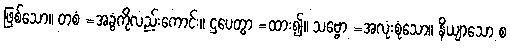
ဖြစ်သော။ တစံ =အခွံကိုလည်းကောင်း။ ဌပေတွာ =ထား၍။ သဗ္ဗော =အလုံးစုံသော။ နိယျာသော စ